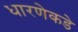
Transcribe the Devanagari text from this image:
धारणेकडे